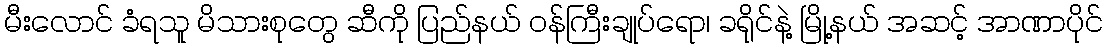
မီးလောင် ခံရသူ မိသားစုတွေ ဆီကို ပြည်နယ် ဝန်ကြီးချုပ်ရော၊ ခရိုင်နဲ့ မြို့နယ် အဆင့် အာဏာပိုင်